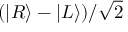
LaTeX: ( | R \rangle - | L \rangle ) / { \sqrt { 2 } }